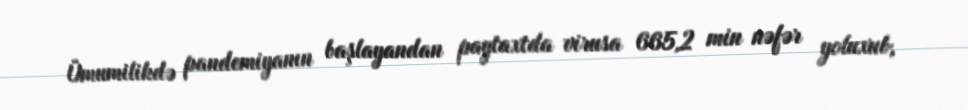
Ümumilikdə pandemiyanın başlayandan paytaxtda virusa 665,2 min nəfər yoluxub,